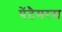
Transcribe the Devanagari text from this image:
पेंटैमरस